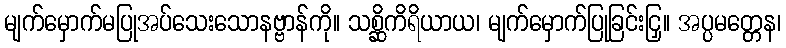
မျက်မှောက်မပြုအပ်သေးသောနဗ္ဗာန်ကို။ သစ္ဆိကိရိယာယ၊ မျက်မှောက်ပြုခြင်းငြှ။ အပ္ပမတ္တေန၊